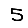
Digit: 5